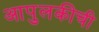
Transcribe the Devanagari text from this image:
आपुलकीची